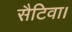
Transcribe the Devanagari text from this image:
सैटिवा।